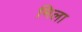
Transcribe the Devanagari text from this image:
मिला